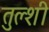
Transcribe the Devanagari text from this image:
तुल्शी